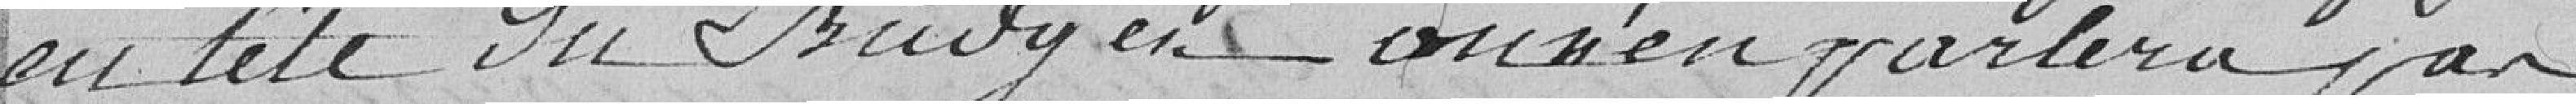
en tête du budget, on n'en parlera pas